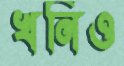
খনিও